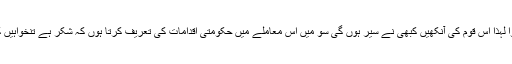
کیسی کمال بات ہے کہ گھر بیٹھ کر ایک لاکھ لینے والا پریشان ہے کہ پنشن میں اضافہ نہیں ہوا لہٰذا اس قوم کی آنکھیں کبھی نے سیر ہوں گی سو میں اس معاملے میں حکومتی اقدامات کی تعریف کرتا ہوں کہ شکر ہے تنخواہیں کم نہیں کر دیں ورنہ جو ملکی صورت حال ہے، ڈر تو یہ تھا کہ تنخواہیں کم کر دی جائیں گے۔